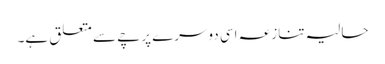
حالیہ تنازعہ اسی دوسرے پرچے سے متعلق ہے۔